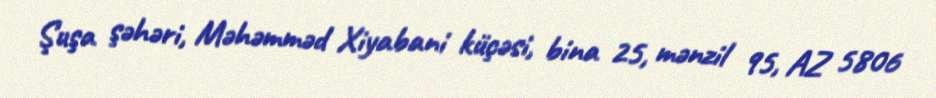
Şuşa şəhəri, Məhəmməd Xiyabani küçəsi, bina 25, mənzil 95, AZ 5806